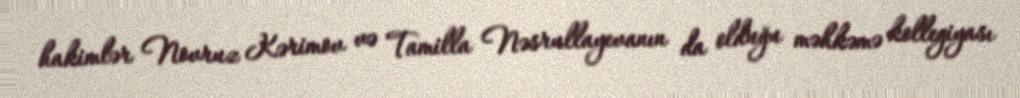
hakimlər Novruz Kərimov və Tamilla Nəsrullayevanın da olduğu məhkəmə kollegiyası